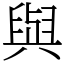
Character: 與